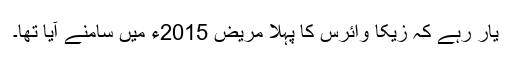
یار رہے کہ زیکا وائرس کا پہلا مریض 2015ء میں سامنے آیا تھا۔